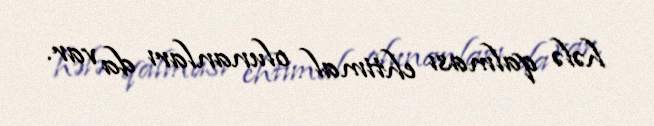
hələ qalması ehtimal olunanları da var.